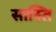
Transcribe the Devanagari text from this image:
सास्ति